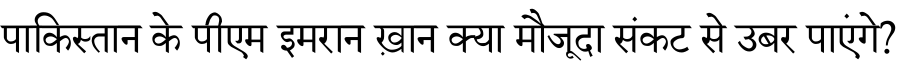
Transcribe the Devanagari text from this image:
पाकिस्तान के पीएम इमरान ख़ान क्या मौजूदा संकट से उबर पाएंगे?